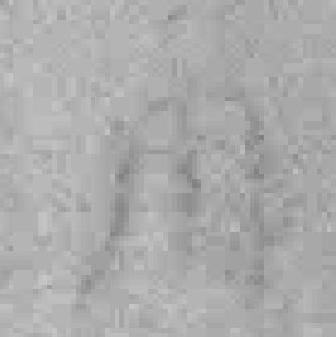
用